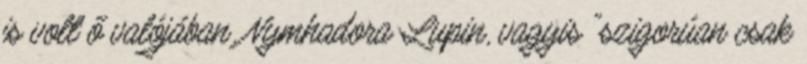
is volt ő valójában. Nymhadora Lupin, vagyis "szigorúan csak